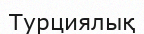
Турциялық